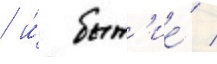
/ и́ быт'ие́ /